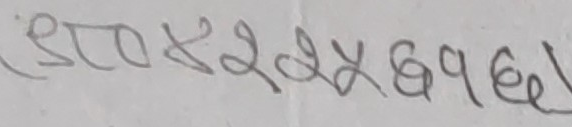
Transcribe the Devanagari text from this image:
(ए०२२४४८१६।